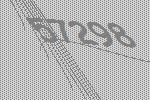
57298